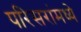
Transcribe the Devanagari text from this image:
परिसरांमध्ये